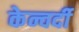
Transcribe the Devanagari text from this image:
केन्वर्दी